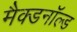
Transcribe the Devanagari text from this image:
मैक्डनॉल्ड